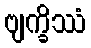
ဗျက္ခိဿံ